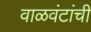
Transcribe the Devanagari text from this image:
वाळवंटांची